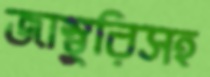
জাম্বুরিসহ